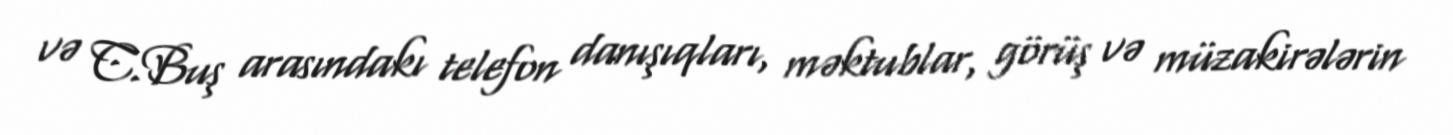
və C.Buş arasındakı telefon danışıqları, məktublar, görüş və müzakirələrin